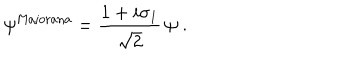
\psi ^ { \mathrm { M a j o r a n a } } = \frac { 1 + i \sigma _ { 1 } } { \sqrt { 2 } } \, \psi \; .